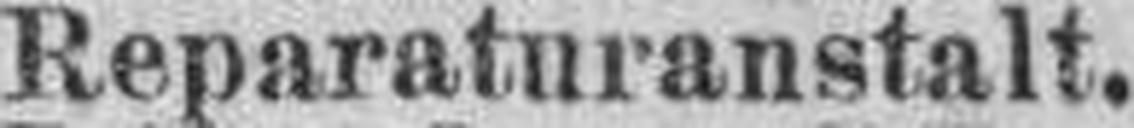
Reparaturanstalt.